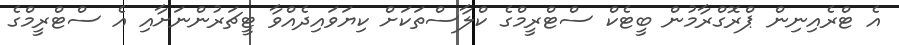
އެ ޓްރެއިނިން ޕްރޮގްރާމުން ބީޓެކް ސްޓްރީމްގެ ކްލާސްތަކަށް ކިޔަވައިދެއްވާ ޓީޗަރުންނަށާއި އެ ސްޓްރީމްގެ